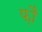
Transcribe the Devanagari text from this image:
फ़ौं